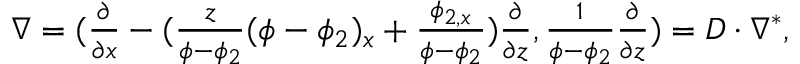
\begin{array} { r } { \nabla = ( \frac { \partial } { \partial x } - ( \frac { z } { \phi - \phi _ { 2 } } ( \phi - \phi _ { 2 } ) _ { x } + \frac { \phi _ { 2 , x } } { \phi - \phi _ { 2 } } ) \frac { \partial } { \partial z } , \frac { 1 } { \phi - \phi _ { 2 } } \frac { \partial } { \partial z } ) = D \cdot \nabla ^ { * } , } \end{array}